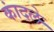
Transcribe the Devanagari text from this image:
कांदले